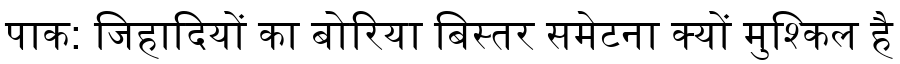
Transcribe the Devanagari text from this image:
पाक: जिहादियों का बोरिया बिस्तर समेटना क्यों मुश्किल है